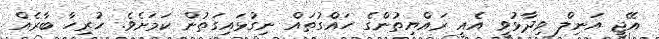
އޭޖީ އަނިލް ވިދާޅުވީ އެއީ ރައްޔިތުންގެ ހައްގުތައް ނިގުޅައިގަތުން ކަމަށެވެ. ހުރިހާ ބާރެއް